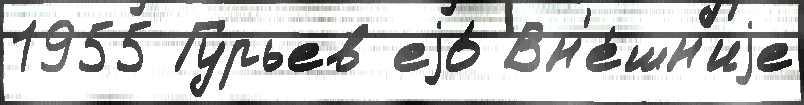
1955 Гурьев еjо́ Вн'е́шн'иjе